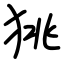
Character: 狣